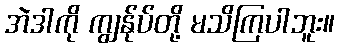
အဲဒါကို ကျွန်ုပ်တို့ မသိကြပါဘူး။